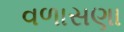
વળાસણા